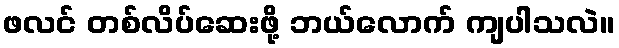
ဖလင် တစ်လိပ်ဆေးဖို့ ဘယ်လောက် ကျပါသလဲ။